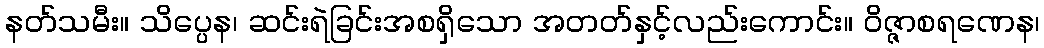
နတ်သမီး။ သိပ္ပေန၊ ဆင်းရဲခြင်းအစရှိသော အတတ်နှင့်လည်းကောင်း။ ဝိဇ္ဇာစရဏေန၊